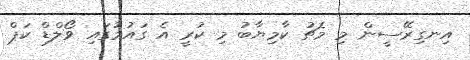
އިނގިރޭސީން މި މެޗު ކާމިޔާބު މި ކުރީ އެ ގައުމުގައި ވޯލްޑް ކަޕް